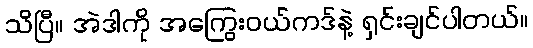
သိပြီ။ အဲဒါကို အကြွေးဝယ်ကဒ်နဲ့ ရှင်းချင်ပါတယ်။